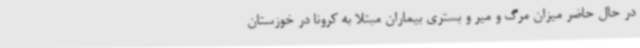
در حال حاضر میزان مرگ و میر و بستری بیماران مبتلا به کرونا در خوزستان